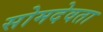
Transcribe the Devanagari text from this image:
सोमदेवता